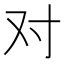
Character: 对